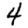
Digit: 4